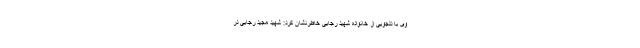
وی با دلجویی از خانواده شهید رجایی خاطرنشان کرد: شهید مجید رجایی در